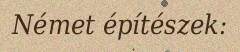
Német építészek: